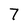
Character: 7